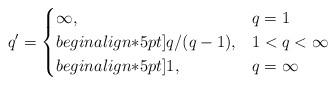
LaTeX: \begin{align*}q' = \begin{cases}\infty, & q = 1\\begin{align*}5pt]q/(q - 1), & 1 < q < \infty\\begin{align*}5pt]1, & q = \infty\end{cases}\end{align*}